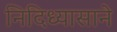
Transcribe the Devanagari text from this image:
निदिध्यासाने